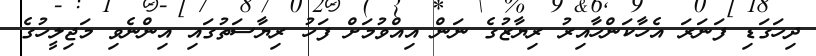
ދިހަގަޑި ފަނަރަ އެހާކަންހާއިރު ރިޔާޒުގެ ނަން އިއްވުމަށް ފަހު ރިޔާސަތުގައި އިންނެވި މަޖިލީހުގެ